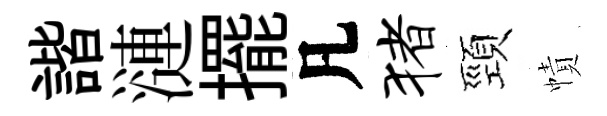
諧漣擺凡猪頸幘